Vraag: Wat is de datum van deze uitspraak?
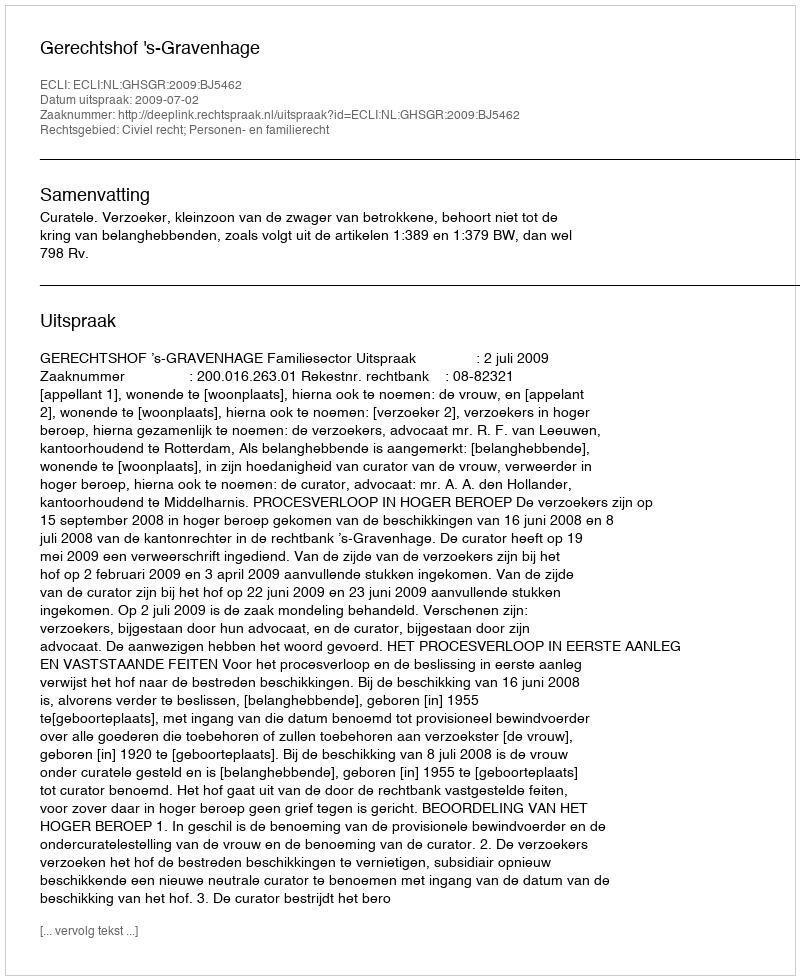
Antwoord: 2009-07-02